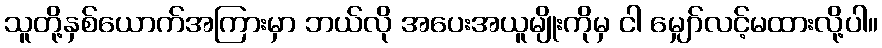
သူတို့နှစ်ယောက်အကြားမှာ ဘယ်လို အပေးအယူမျိုးကိုမှ ငါ မျှော်လင့်မထားလို့ပါ။